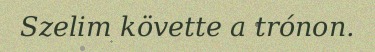
Szelim követte a trónon.